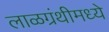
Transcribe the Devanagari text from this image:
लाळग्रंथीमध्ये